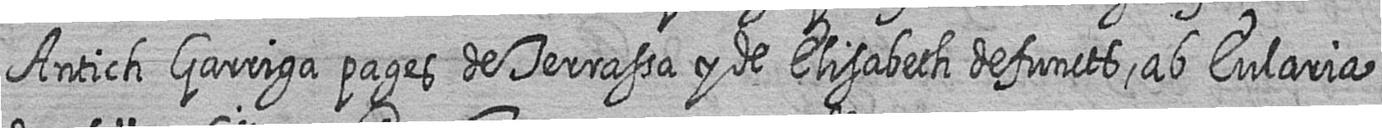
Antich Garriga pages de Terrassa y de Elisabeth defuncts ab Eularia